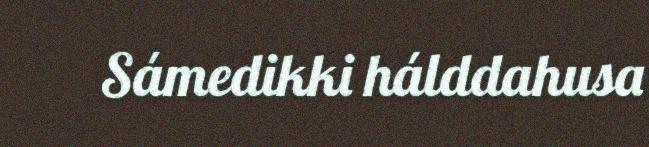
Sámedikki hálddahusa